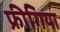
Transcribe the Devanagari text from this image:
फ्रीगिया